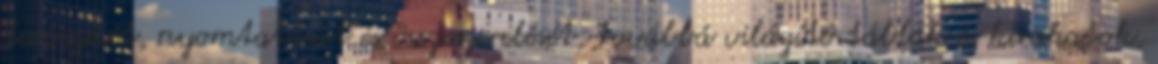
tervezését, nyomtatását és összeszerelését, továbbá világító táblák és kirakatok,